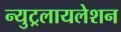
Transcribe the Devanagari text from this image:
न्युट्रलायलेशन